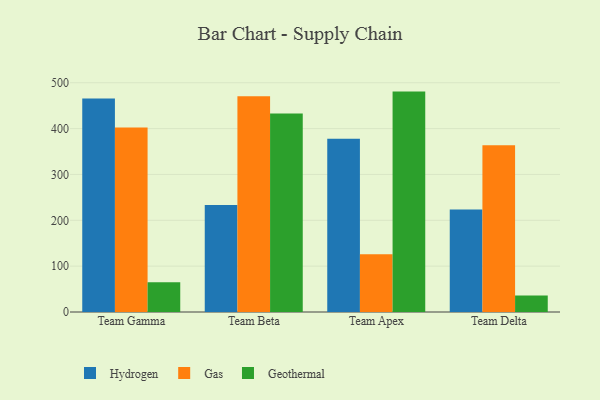
{"axis": {"x": "Team", "y": "Conversion Rate (%)"}, "legend": ["Gas", "Geothermal", "Hydrogen"], "data": [{"x": "Team Gamma", "y": 465.4, "type": "Hydrogen"}, {"x": "Team Gamma", "y": 402.4, "type": "Gas"}, {"x": "Team Gamma", "y": 64.7, "type": "Geothermal"}, {"x": "Team Beta", "y": 233.3, "type": "Hydrogen"}, {"x": "Team Beta", "y": 470.3, "type": "Gas"}, {"x": "Team Beta", "y": 433.2, "type": "Geothermal"}, {"x": "Team Apex", "y": 377.7, "type": "Hydrogen"}, {"x": "Team Apex", "y": 126.0, "type": "Gas"}, {"x": "Team Apex", "y": 480.7, "type": "Geothermal"}, {"x": "Team Delta", "y": 223.7, "type": "Hydrogen"}, {"x": "Team Delta", "y": 363.9, "type": "Gas"}, {"x": "Team Delta", "y": 35.9, "type": "Geothermal"}]}